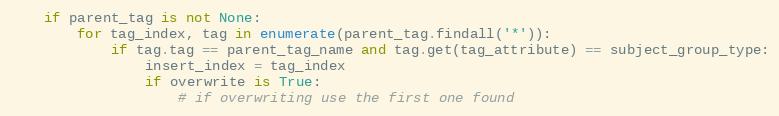
Language: Python
    if parent_tag is not None:
        for tag_index, tag in enumerate(parent_tag.findall('*')):
            if tag.tag == parent_tag_name and tag.get(tag_attribute) == subject_group_type:
                insert_index = tag_index
                if overwrite is True:
                    # if overwriting use the first one found